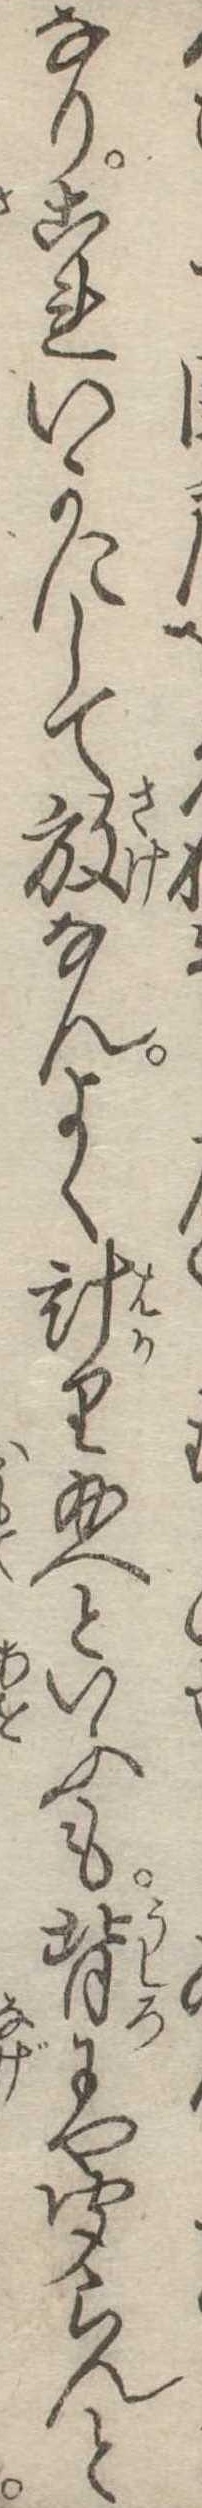
なりこれいかにして放なんよく計り給へといふも背にや聞らんと